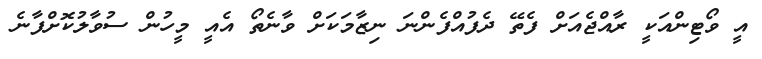
އީ ވޯޓިންއަކީ ރާއްޖެއަށް ފެތޭ ދެފުއްފެންނަ ނިޒާމަކަށް ވާނެތޯ އެއީ މީހުން ސުވާލުކޮށްފާނެ